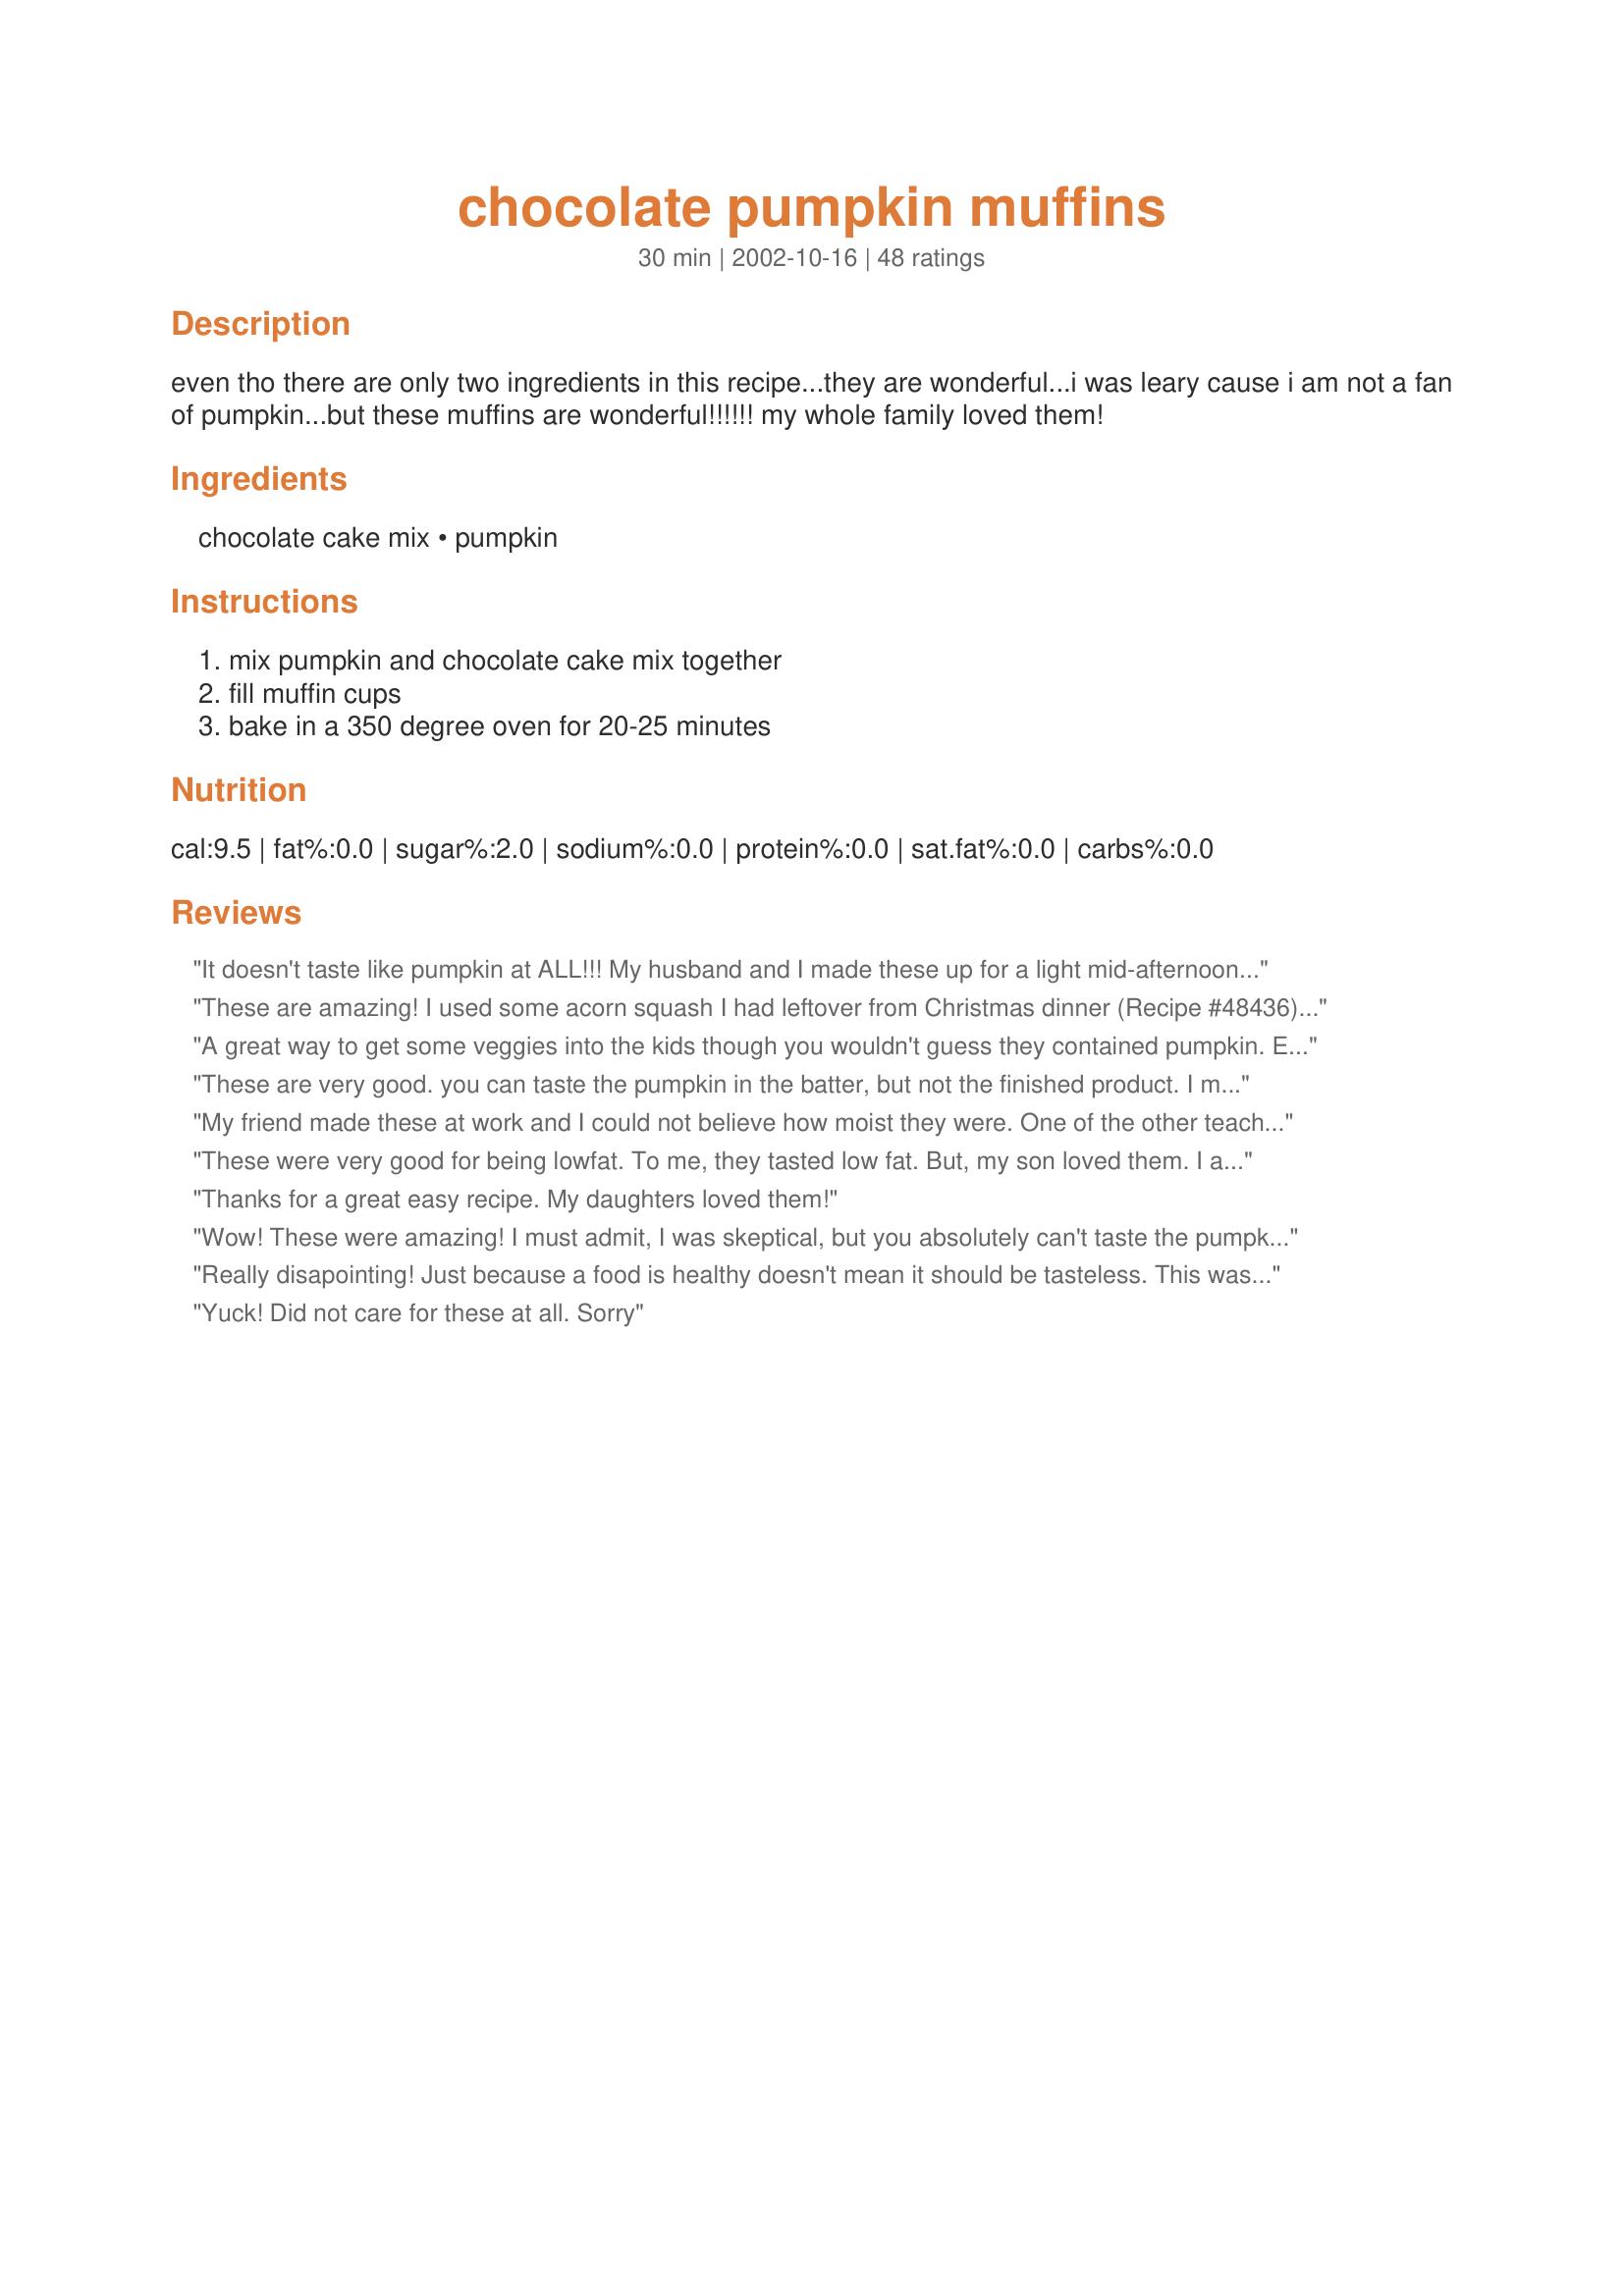
chocolate pumpkin muffins
Preparation time: 30 minutes

even tho there are only two ingredients in this recipe...they are wonderful...i was leary cause i am not a fan of pumpkin...but these muffins are wonderful!!!!!! my whole family loved them!

Ingredients:
chocolate cake mix, pumpkin

Steps:
mix pumpkin and chocolate cake mix together, fill muffin cups, bake in a 350 degree oven for 20-25 minutes

Reviews:
It doesn't taste like pumpkin at ALL!!! My husband and I made these up for a light mid-afternoon snack...they were delicious...very, very, moist! They were sooooo easy to make...a little thick to stir, though. They get a "10" for appearance!
These are amazing! I used some acorn squash I had leftover from Christmas dinner (Recipe #48436) and it worked out perfectly! I ended up using a marble cake mix as that was the only one I had on hand. It worked like a charm. I also processed it in my food processor and didn't have any problems with lumps or ugly cupcakes. They came out so pretty! No one will be able to tell that they are made with squash! Thank you SO much for this great recipe. This is going to be a regular from now one! These are my new favourite cupcake!!
A great way to get some veggies into the kids though you wouldn't guess they contained pumpkin. Easy and low fat, rich and gooey. I would also suggest baking 30 minutes or making them smaller, using 18 muffin tins. The kids liked these cupcakes and they could easily be frosted to make them more appealing. When the batter is mixed smooth with an electric mixer, they really aren't that lumpy, just take care to smooth out a bit in the muffin tins. I wasn't as fond of them as the kids were, they were a bit heavy and cake-mixy for my tastes. Thanks for sharing the recipe!
These are very good. you can taste the pumpkin in the batter, but not the finished product. I made 12 of these, knowing they wouldn't rise I filled the muffin tins. I didn't think they were unattractive. They are kind of like a fudgy mix between a muffin and a cupcake. And based on the brand of cake mix I used, they only have 1/2 gram fat each. So you don't feel guilty about eating too many. I'll be bringing these to work for my calorie conscious coworkers.
My friend made these at work and I could not believe how moist they were. One of the other teachers does not like pumpkin and she loved them. This is a great recipe. We added a tiny bit of water to make it more like the consistancy of regular batter.
These were very good for being lowfat. To me, they tasted low fat. But, my son loved them. I added 1 tsp of vanilla to the batter because that always perks up cake mixes and used an electric mixer as previously suggested. They were very easy to make. My husband liked them well enough but wants icing on them next time.
Thanks for a great easy recipe. My daughters loved them!
Wow! These were amazing! I must admit, I was skeptical, but you absolutely can't taste the pumpkin. I used Betty Crocker's Moist delicious buttery chocolate cake and a can of Libby's pumpkin. After reading several versions of this recipe on WW.com I added some water - just enough to make it easy to mix all together. I did have enough batter for more than 12 cupcakes though. Maybe I have small cupcake cups? Anyway, I figured that I had plenty of batter of leftover, so I tried some, just to see if I could taste the pumpkin. Nope - not a bit. Then I thought, hey, it won't have any points if I haven't baked it yet, right? So I tried a little more batter, still searching for the elusive pumpkin taste. Still couldn't find it. After a while, I gave up because I ran out of batter. <<hee hee>> 
Thanks for this great recipe. I will be making them again!
Really disapointing! Just because a food is healthy doesn't mean it should be tasteless. This was so bland. It doesn't do any good to have a healthy recipe if no one will eat it or if you have to slather on oodles of icing to make it taste good. I won't be making these again.
Yuck! Did not care for these at all. Sorry
These are excellent. I have used chocolate, spice, and carrot cake. 1/2 cup water helps to make the batter easier to stir. 1/2 cup coffee makes a chocolate mocha cupcake!
Does it get any better than just two ingredients and a lot of compliments?! Goodness. Pure Goodness.
I just made these and didn't really care for them. They were too gooey and I cooked them for an extra amount of time.
These were great. I made them for a bake sale and everyone wanted the recipe! However I would bake them for 30 min. Thanks for the recipe!
Yum! I hate pumpkin and really liked these. I cooked them about 28 minutes and they came out perfect. Next time the kids need a treat for school, these are going!
This is a great diet-friendly way to eat cake! I used milk chocolate cake mix and about a 1/2 cup semi-sweet chocolate chips and it was rich, moist and didn't taste like pumpkin at all. I found it tasted best the day after. Thanks for this cool recipe!
I thought these were great. They don't taste like pumpkin and they're really fudgy. I added some water to the batter because it was too thick to stir and cooked 30 min.
Terrific, easy recipe. Like suggested, I added 1/2 cup of coffee and it gave the cupcakes a nice coffee taste. Cupcakes Came out soft, fudgy, moist, not really a muffin, more of a cupcake. Also added a bit of cinnamon and nutmeg, the spices go great with the pumpkin--if someone doesn't like pumpkin, don't tell them there's pumpkin in there! They'll have such a hard time trying to figure out the "secret" ingredient. Only thing is that the tops don't come out round and "pretty," but kind of bulbous. Unevenness makes it hard to frost, but hey, just put on extra frosting.
I just made these and they were great!! I did add chocolate chips, pecans and 1/3 cup water and and they were very moist and yummy and don't taste like pumpkin!!
These were very easy and delicious! I baked them for 30 minutes. Store them individually in sandwich size Ziplock bags and freeze to help with eating too many.
I thought these were pretty tasty and very simple to make, but my hubby was not so crazy about the pumpkin/chocolate combo. Good recipe, will probably make these again.
At my weight watcher meeting they said if you make this into 18 muffins it is worth 2 points
OMG!! SOOOO good! Even my Dad liked them! I added 2 tablespoons of instant espresso, 1/2 c. water, and a 1/4 c. semi-sweet chocolate chips. I also baked them in a mini-muffin tin so that I would have more! :) Baked for 20 minutes and they were perfectly gooey and delicious!
Delicious and virtually no calories or fat... definitely satisfied me and my 4 year old daughter's sweet tooth.
ok,for the recipe the way it is, I could only give 2-3 stars. It definately tastes "lowfat." I smothered the muffins in choco-peanut butter frosting, and they were better. The second time I used this recipe, I took the advice of some of the other reviewers, and used a spice cake mix instead of chocolate - adding vanilla and nutmeg, and 1/3 cup water. I made the recipe into a 2-layer cake, and cooked it for 35-40 minutes, then left it in longer, with the over turned off. Very moist and delicious! Of course, it was once again covered in frosting. I used caramel frosting in between the layers, then frosted the entire cake with cream cheese frosting. I served it as part of our Thanksgiving desert, and it was a big hit! Thanks for posting, and a BIG thank you to the reviews for the ideas!
Wow!!! These were the fudgiest moistest mufffins in the world. I loved everything about them. Especially that they are low fat!!Thanks for posting this recipe!!
i really really enjoyed these. i used spice cake which tasted really delicious with the pumpkin. however i added 1/3 cups water to the batter. also, just for taste i added 1 apple sliced up. this was an excellent addition in my opinion. thnx for the great recipe. you dont feel guilty for eating more than 1!
Ooooo!Yummy!Moist! and SO EASY!! I put some chocolate chips on the tops of mine so they'd come out presentable. I baked mine about 30-32 minutes in jumbo muffin tins. I will definitely try them with some coffee in it as another reviewer suggested!
I have to give this recipe 5 stars because of the easy way it comes together, and for a "light" recipe the taste really is good. I made mine as waffles. I did everything the same,execpt instead of baking them in the oven in cupcake pans, I cranked up the waffle iron. It was very quick and a wonderful dessert for our "breakfast for dinner" night. You could serve it with cool whip and strawberries or just some powdered sugar. Thanks for a great recipe!
These were great! My daughter hates veggies and she loved these! Just another way to sneak and few vitamins in. :) Thanks for another option! I did increase cooking time to 35 minutes and had not gooeyness problems.
These are really good and so easy. I was a little hesitant about trying them, but glad I did. Thanks for posting.
These were really good. You do have to cook them a little longer than it says ,but you can't beat them for 3 points. You can also substitute applesauce for the pumpking filling. I recommend that you cook them for thirty minutes instead.
I just made some of these - and I love them! I didn't add anything extra, and I baked them for the recommended time. The calorie count on the nutritional info is way off, though. By my calculations, they should be about 170 calories per muffin if you make 12. I will be making these again for sure!
I would have to say that this recipe is best when made with a spice cake mix. The chocolate is fine, but you can tell it's a low fat recipe. For an extra WW point you could add a bit of fat free cool whip. Great recipe, thanks for the post.
as suggested by other reviewers, i made these with a spice cake mix, added in just a little more than 1/3 cup of water, about a tsp of vanilla and maybe 1/4 tsp of nutmeg (grated a small piece in, so don't know exactly how much it was) .. baked for 25 mins, and they came out really moist & wonderful. thanks for the recipe kiiah.
Sorry I haven't rated this before, it's been a standard for my daughter's birthday for the past 3 years. I recommend adding 1/2 cup water to the mixture.
Tasty & "healthier".
I had to mess with a great recipe. I added one beaten egg, mixed the 1/3c water with a tablespoon of dark cocoa and added a tablespoon of vanilla extract and a 1/4 cup vegetable oil.
They baked and rose up beautifully in 15 minutes. It made 20 nice sized muffins. I sprinkled with powdered sugar Thanks for the basic recipe!!
These muffins are really great and I make them when I have a craving for something sweet but don't want to consume tons of calories. I sometimes add some mini chocolate chips for a little something extra. I personally hate pumpkin, but will eat these any day!
Wow! These truly are delicious! And easy. I added 1/2 cup mini chocolate chips and baked them for the recommended 25 minutes. They were perfect! They sure satisfy a chocolate craving. : )
This was great - I actually made it in cake form. I do not like pumpkin but they tasted like really rich chocolate. i underbaked it just a minute or two to be extra moist. 


By principle, I try to make all of my baked goods from scratch. But, when I saw this and how simple the prep was, I checked my pride at the door and whipped up a batch. I'm not a big fan of chocolate so I decided on a spice cake mix instead. I got a larger can of pumpkin and ended up using 2 cups total. The mix seemed a little thick so I added a couple tablespoons of buttermilk. The batter still seemed thick but, after baking for exactly 25min, this produced the most velvety, moist and flavorful muffins ever. The husband loved them and described it as "doughy pumpkin bread." I'm curious to try this with the chocolate as well as other mixes and processed fruits.
These are a win-win for me; I can make a special treat for DS that has added veggies and fiber, and they work for me on WW. The muffins are even better the next day if you store them in an air tight container, even moister. DH didn't even know there were pumpkin in them. I usually make 18 muffins.
These are FANTASTIC! Even my son likes them. I do feel that I may have a problem with the points, because I can't stop at just one! Thanks for a great recipe!
These were so bad we had to throw them away. I am a lifetime Weight Watchers member and many of my friends swear by them. Try it. You may like it.
ditto about the 1/3-1/2 c. water. my kids loved them.
My whole family loved these i used a devils food cake mix and and added a 1/4th cup dark chocolate chips. They are my new favorite secret super easy recipe that seems more indulgent than it really is. And i loved that they looked like dark chocolate mountains when they were done. Next time i will try it with espresso.
These are great. I did bake them for about 30 minutes and then put them back in for about another 5. Thanks so much for the great recipe!
Definitely need 30 minutes on these. They are not very pretty to look at (sort of lumpy and bumpy) but they are fudgy and rich tasting, which is wonderful for the WW points. My kids love them as well.
